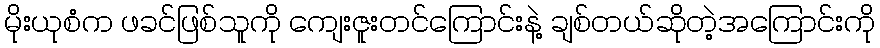
မိုးယုစံက ဖခင်ဖြစ်သူကို ကျေးဇူးတင်ကြောင်းနဲ့ ချစ်တယ်ဆိုတဲ့အကြောင်းကို